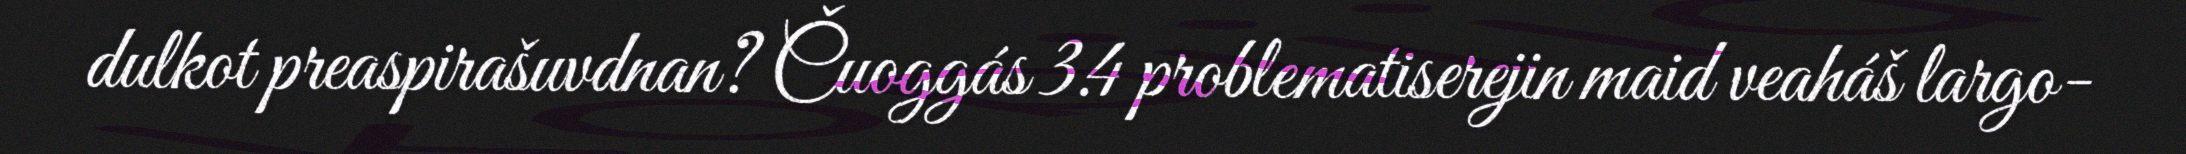
dulkot preaspirašuvdnan? Čuoggás 3.4 problematiserejin maid veaháš largo-